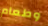
وطعام